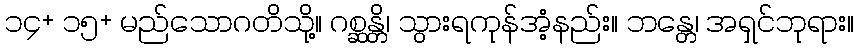
၁၄+ ၁၅+ မည်သောဂတိသို့။ ဂစ္ဆန္တိ၊ သွားရကုန်အံ့နည်း။ ဘန္တေ၊ အရှင်ဘုရား။